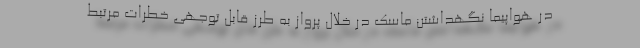
در هواپیما نگهداشتن ماسک در خلال پرواز به طرز قابل توجهی خطرات مرتبط